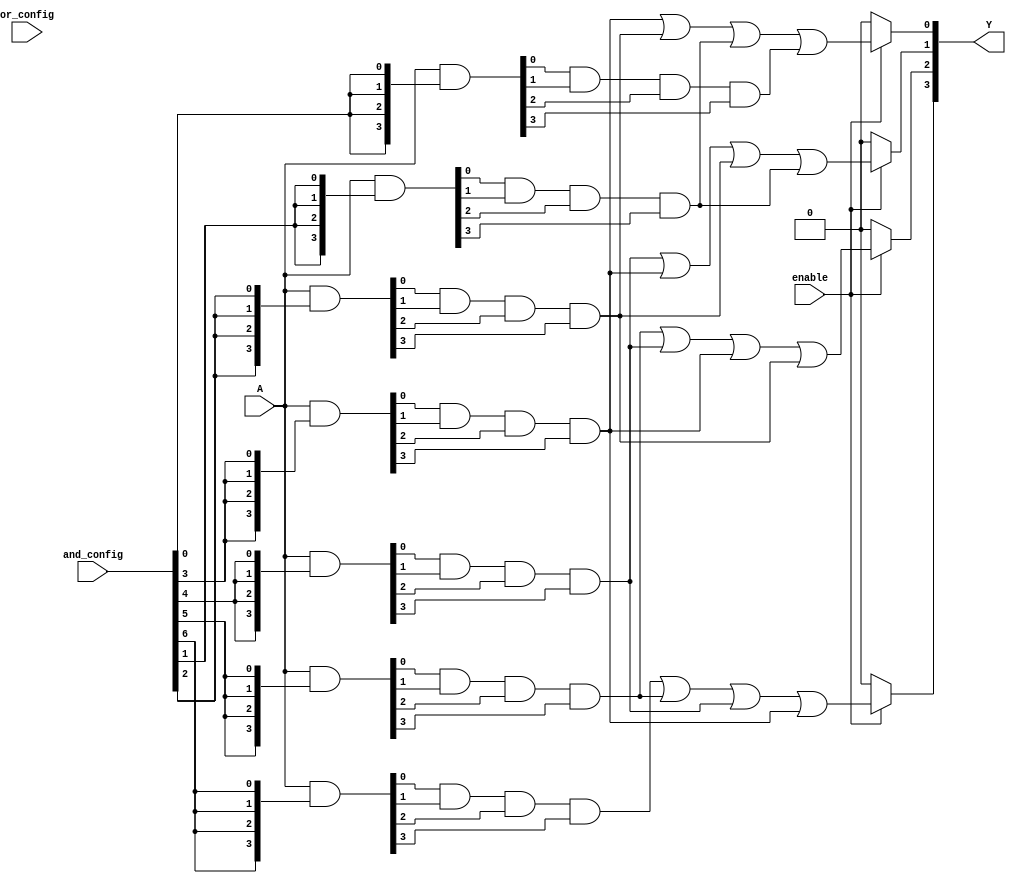
module combinational_logic_block #(
    parameter NUM_INPUTS = 4,    // Number of inputs
    parameter NUM_AND_GATES = 8,  // Number of AND gates
    parameter NUM_OR_GATES = 4    // Number of OR gates
)(
    // Inputs
    input  wire [NUM_INPUTS-1:0] A,   // Input signals
    input  wire [NUM_AND_GATES-1:0] and_config, // AND gate configuration
    input  wire [NUM_OR_GATES-1:0] or_config,   // OR gate configuration
    input  wire enable,             // Enable signal for the logic block

    // Outputs
    output wire [NUM_OR_GATES-1:0] Y // Output signals
);

// Internal signals
wire [NUM_AND_GATES-1:0] and_out;  // Outputs of AND gates

// Generate AND gates
genvar i, j;
generate
    for (i = 0; i < NUM_AND_GATES; i = i + 1) begin : and_gates
        wire [NUM_INPUTS-1:0] and_inputs;
        assign and_inputs = A & {NUM_INPUTS{and_config[i]}}; // Configure AND gate inputs

        assign and_out[i] = (and_inputs[0] & and_inputs[1] & and_inputs[2] & and_inputs[3]); // Example for 4-input AND
    end
endgenerate

// Generate OR gates
generate
    for (j = 0; j < NUM_OR_GATES; j = j + 1) begin : or_gates
        wire [NUM_AND_GATES-1:0] or_inputs;
        assign or_inputs = {and_out[j], and_out[(j + 1) % NUM_AND_GATES], and_out[(j + 2) % NUM_AND_GATES], and_out[(j + 3) % NUM_AND_GATES]}; // Example configuration

        assign Y[j] = enable ? (or_inputs[0] | or_inputs[1] | or_inputs[2] | or_inputs[3]) : 0; // Example for 4-input OR with enable
    end
endgenerate

endmodule